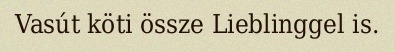
Vasút köti össze Lieblinggel is.